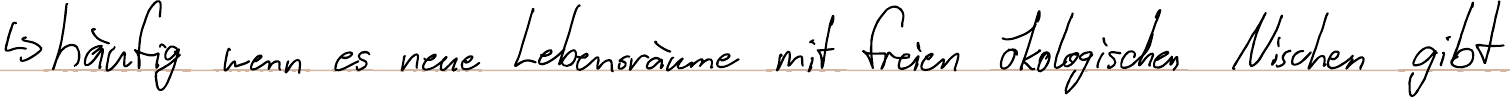
-> häufig wenn es neue Lebensräume mit freien ökologischen Nischen gibt